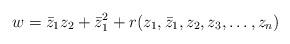
LaTeX: \begin{align*}w = \bar{z}_1 z_2 + \bar{z}_1^2 + r(z_1,\bar{z}_1,z_2,z_3,\ldots,z_n)\end{align*}